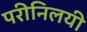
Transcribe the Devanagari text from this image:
परीनिलयी